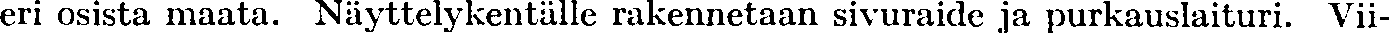
eri osista maata. Näyttelykentälle rakennetaan sivuraide ja purkauslaituri. Vii-